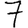
Digit: 7